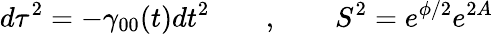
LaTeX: d\tau^{2}=-\gamma_{00}(t)dt^{2}\qquad,\qquad S^{2}=e^{\phi/2}e^{2A}